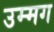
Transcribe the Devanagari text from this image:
उम्मग